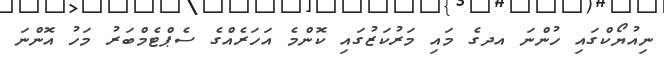
ނިއުޔޯކްގައި ހުންނަ އދގެ މައި މަރުކަޒުގައި ކޮންމެ އަހަރެއްގެ ސެޕްޓެމްބަރު މަހު އޮންނަ